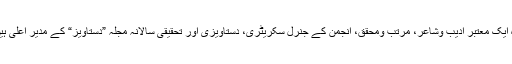
وہ ایک معتبر ادیب وشاعر، مرتب ومحقق، انجمن کے جنرل سکریٹری، دستاویزی اور تحقیقی سالانہ مجلہ ”دستاویز“ کے مدیر اعلی ہیں۔